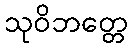
သုဝိဘတ္တေ